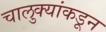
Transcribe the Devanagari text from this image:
चालुक्यांकडून